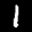
Label: 1